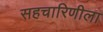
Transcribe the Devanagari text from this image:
सहचारिणीला